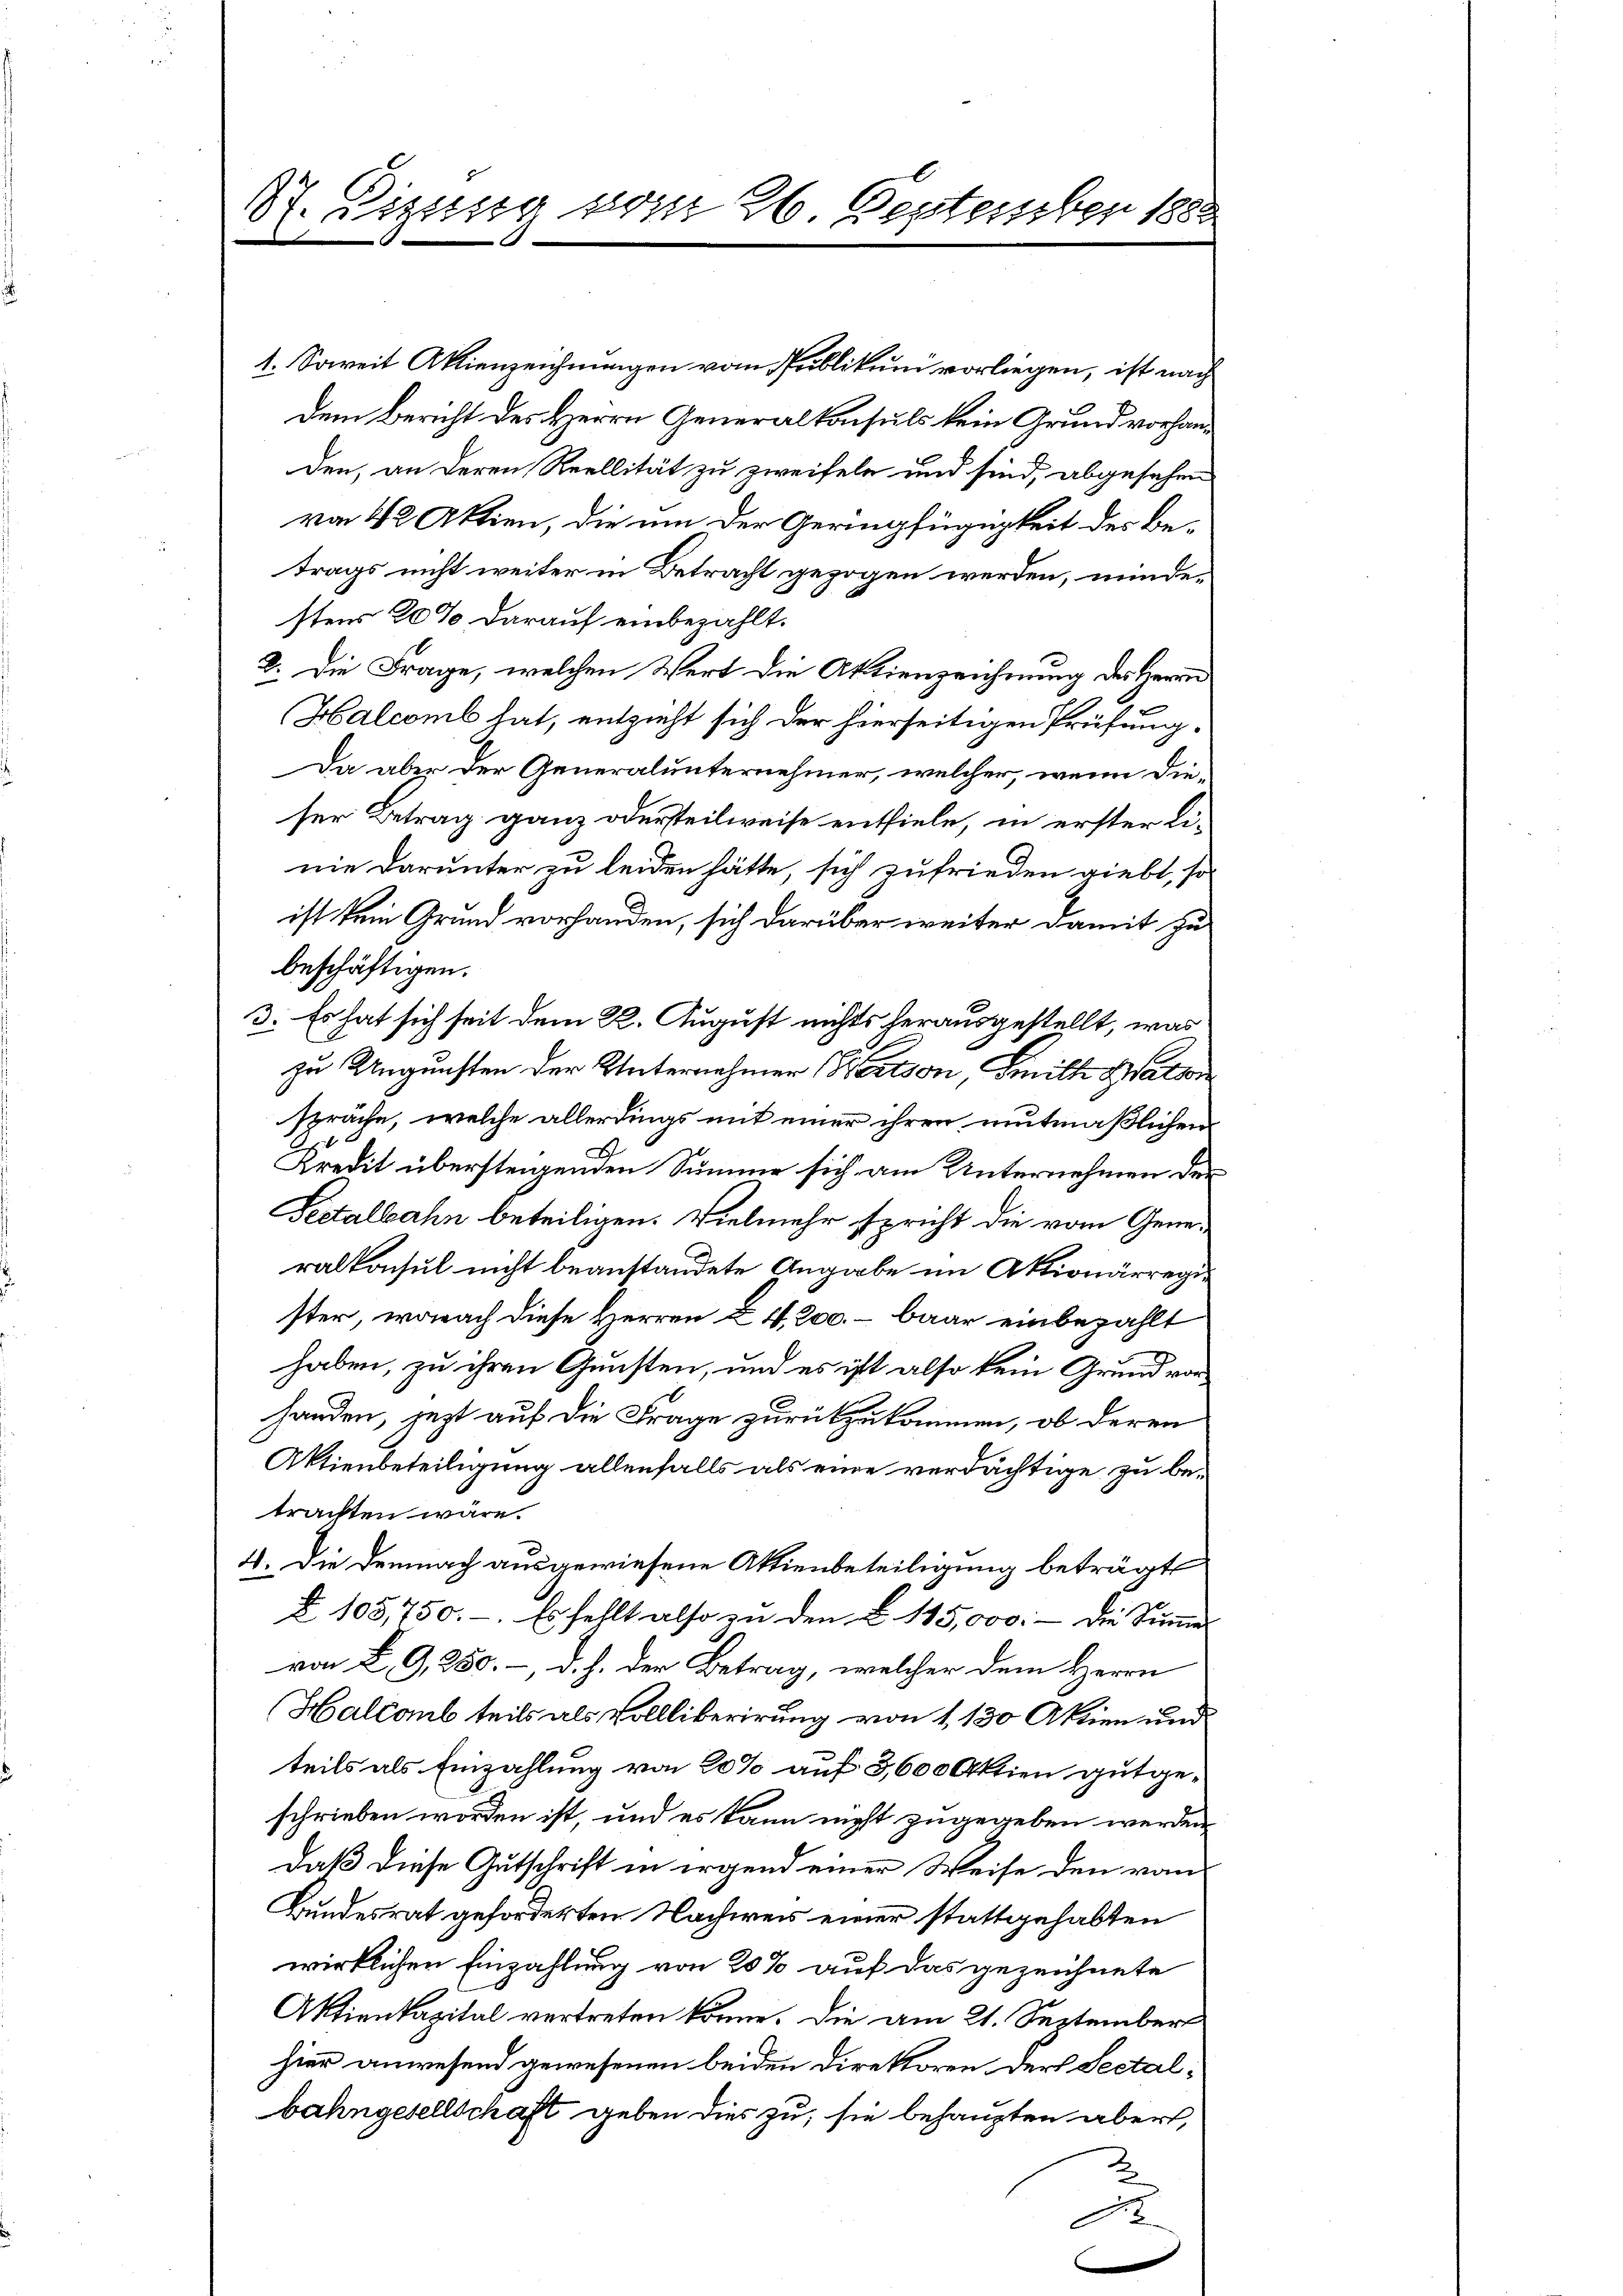
87. Sizung vom 26. September 1882

1. Soweit Aktienzeichnungen vom Publikum vorliegen, ist nach
dem Bericht des Herrn Generalkonsuls kein Grund vorhanden, an deren Reallität zu zweifeln und sind, abgesehen
von 12 Aktien, die um der Geringfügigkeit des Be-
trags nicht weiter in Betracht gezogen werden, mindestens 20% darauf einbezahlt.
2. Die Frage, welchen Wert die Aktienzeichnung des Herrn
Halcomb hat, entzieht sich der hierseitigen Prüfung¬
Da aber der Generalunternehmer, welcher, wenn dieser Betrag ganz odersteilweise entfiele, in erster linie darunter zu leiden hätte, sich zufrieden giebt, so
ist kein Grund vorhanden, sich darüber weiter damit zu
beschäftigen.
3. Es hat sich seit dem 22. August nichts herausgestellt, was
zu Ungunsten der Unternehmer (Bertson mich Walten
spräche, welche allerdings mit einer ihren mutmaßlichen
Kredit übersteigenden Summe sich am Unternehmen der
Pestalbahn beteiligen. Vielmehr spricht die vom Generalkonsul nicht beanstandete Angabe im Aktionärregister, wonach diese Herren & 4,200. – baar einbezahlt
haben, zu ihren Gunsten, und es ist also kein Grund vorhanden, jezt auf die Frage zurückzukommen, ob deren
Aktienbeteiligung allenfalls als eine verdächtige zu be-
trachten wäre.
4. Die Demnach ausgewiesene Aktienbeteiligung beträgt
§ 105,750.-. Es sellt also zŭ den § 115,000.- die Summer-
von L. G,350. –, d. h. der Betrag, welcher dem Herrn
Halcaub teils als Vollliberirung von 1130 Aktien und
teils als Einzahlung von 20% auf 3,600 Aktien gutgeschrieben worden ist, und es kann nicht zugegeben werden
daß diese Gutschrift in irgend einer Weise den vom
Bundesrat geforderten Nachweis einer stattgehabten
wirklichen Einzahlung von 20% auf das gezeichnete
Aktienkapital vertreten könne. Die am 21. September
hier anwesend gewesenen beiden Direktoren. Der Sectalbahngesellschaft geben dies zu, sie behaupten abert,
S